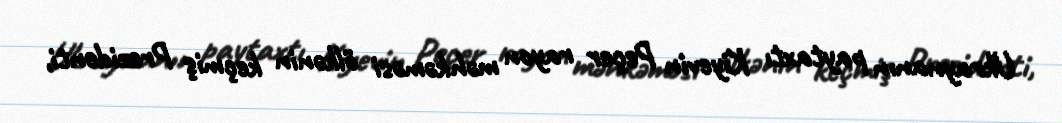
Ukraynanın paytaxtı Kiyevin Peçer rayon məhkəməsi ölkənin keçmiş Prezidenti,